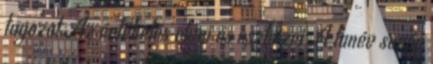
tagozat Az értékelés elvei és eszközei A tanév során